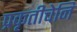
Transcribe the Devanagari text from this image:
प्रकृतीचेनि